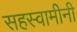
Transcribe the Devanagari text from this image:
सहस्वामीनी